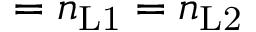
= n _ { \mathrm { L 1 } } = n _ { \mathrm { L 2 } }